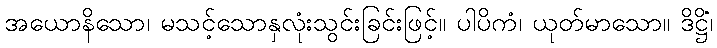
အယောနိသော၊ မသင့်သောနှလုံးသွင်းခြင်းဖြင့်။ ပါပိကံ၊ ယုတ်မာသော။ ဒိဋ္ဌိံ၊